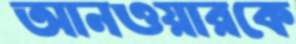
আনওয়ারকে